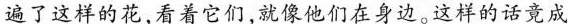
遍了这样的花，看着它们，就像他们在身边。这样的话竟成